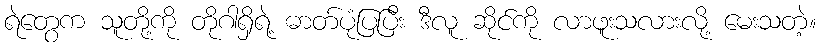
ရဲတွေက သူတို့ကို တိုဂါရှိရဲ့ ဓာတ်ပုံပြပြီး ဒီလူ ဆိုင်ကို လာဖူးသလားလို့ မေးသတဲ့။